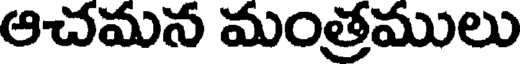
ఆచమన మంత్రములు